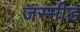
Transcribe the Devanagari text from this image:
जस्मीड